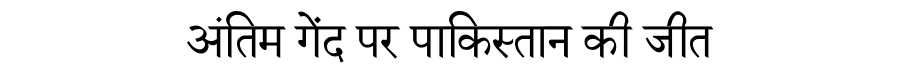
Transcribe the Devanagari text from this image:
अंतिम गेंद पर पाकिस्तान की जीत